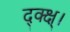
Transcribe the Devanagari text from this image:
द्क्क्ष्।